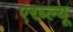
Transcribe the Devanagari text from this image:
एरब्ल्यू